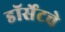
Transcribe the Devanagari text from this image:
डॉर्सेटचे